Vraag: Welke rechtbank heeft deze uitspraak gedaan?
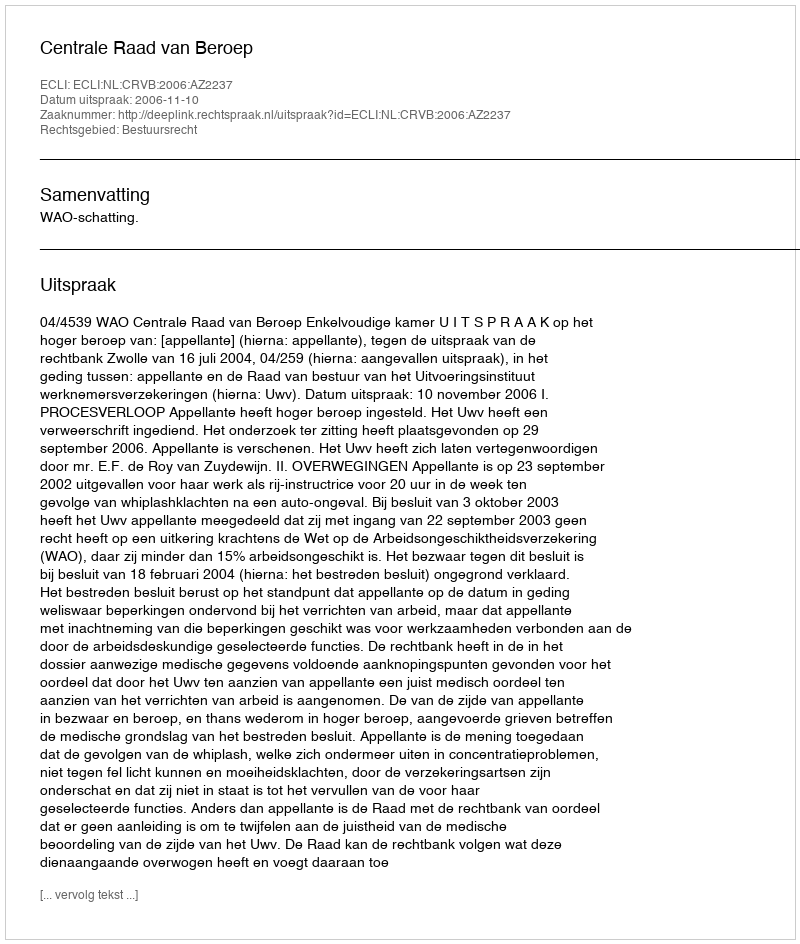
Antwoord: Centrale Raad van Beroep